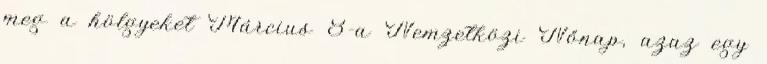
meg a hölgyeket Március 8-a Nemzetközi Nőnap, azaz egy